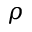
\rho